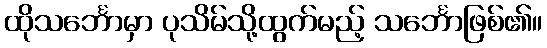
ထိုသင်္ဘောမှာ ပုသိမ်သို့ထွက်မည့် သင်္ဘောဖြစ်၏။